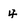
Character: 4